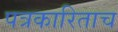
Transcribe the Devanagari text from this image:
पत्रकारिताच